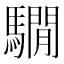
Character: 𩦂